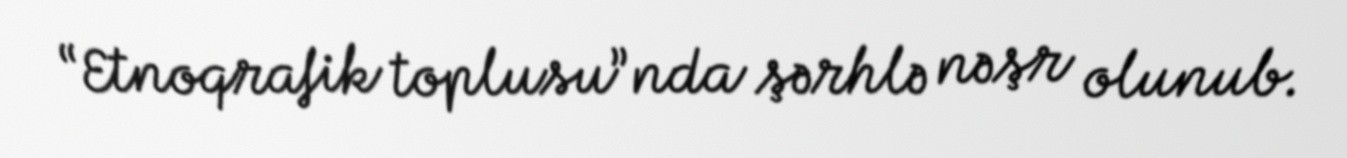
“Etnoqrafik toplusu”nda şərhlə nəşr olunub.